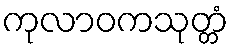
ကုလာဝကသုတ္တံ